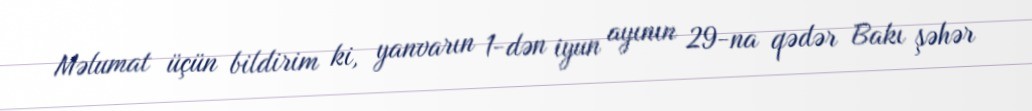
Məlumat üçün bildirim ki, yanvarın 1-dən iyun ayının 29-na qədər Bakı şəhər